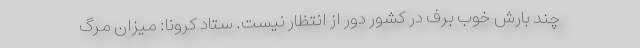
چند بارش خوب برف در کشور دور از انتظار نیست. ستاد کرونا: میزان مرگ